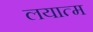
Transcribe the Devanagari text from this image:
लयात्म